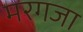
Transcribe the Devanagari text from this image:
मरगजा